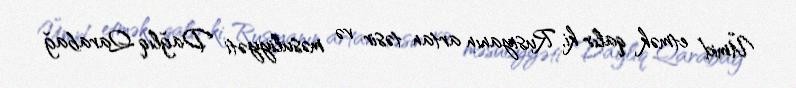
Ümid etmək qalır ki, Rusiyanın artan təsir və məsuliyyəti Dağlıq Qarabağ